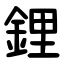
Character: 鋰